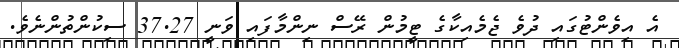
އެ އިވެންޓުގައި ދުވެ ޖެމެއިކާގެ ޓީމުން ރޭސް ނިންމާފައި ވަނީ 37.27 ސިކުންތުންނެވެ.